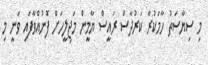
މި ސިޔާސަތު ހާމަކުރާ ކަރުދާސް ރައީސް ޔާމީން މަޖިލީހަށް ފޮނުއްވާފައި ވަނީ މި